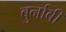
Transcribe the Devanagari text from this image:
बुर्नाबी